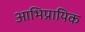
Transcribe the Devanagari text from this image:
आभिप्रायिक